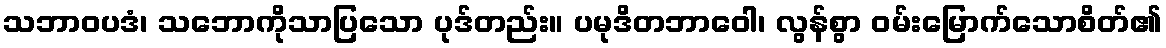
သဘာဝပဒံ၊ သဘောကိုသာပြသော ပုဒ်တည်း။ ပမုဒိတဘာဝေါ၊ လွန်စွာ ဝမ်းမြောက်သောစိတ်၏